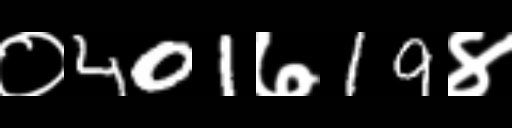
Text: ०401७19४